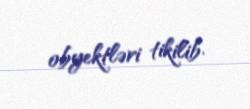
obyektləri tikilib.